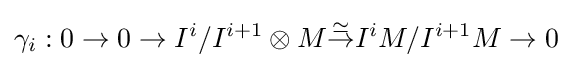
\gamma _{i}:0\to 0\to I^{i}/I^{i+1}\otimes M{\overset {\simeq }{\to }}I^{i}M/I^{i+1}M\to 0